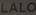
LALO